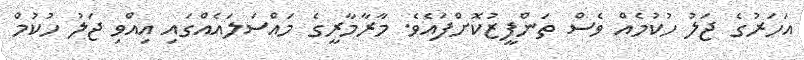
އަހަރުގެ ޖަލު ހުކުމެއް ވެސް ތަންފީޒުކޮށްފައެވެ. މާރާމާރީގެ މައްސަލައެއްގައި އިއްވި ޖަލު ހުކުމް